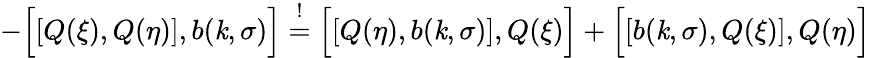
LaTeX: -\Bigl[\left[Q(\xi),Q(\eta)\right],b(\mathit{k},\sigma)\Bigr]\stackrel{!}{=}\Bigl[\left[Q(\eta),b(\mathit{k},\sigma)\right],Q(\xi)\Bigr]+\Bigl[\left[b(\mathit{k},\sigma),Q(\xi)\right],Q(\eta)\Bigr]